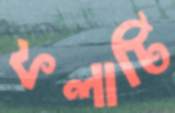
ফলাটি